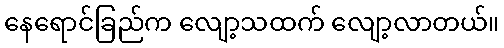
နေရောင်ခြည်က လျော့သထက် လျော့လာတယ်။